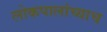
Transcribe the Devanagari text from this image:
लोकपालांच्याच